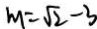
m = \sqrt { 2 } - 3